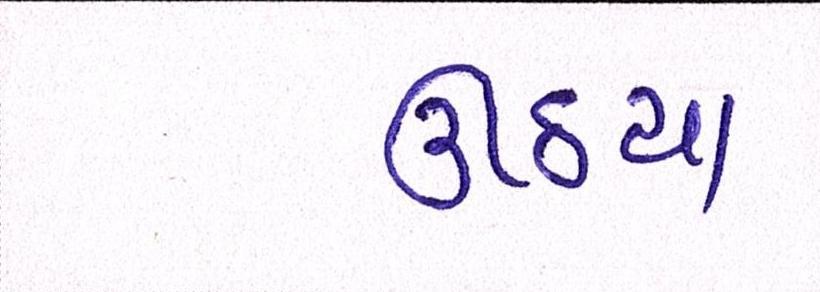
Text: ઊઠયા